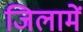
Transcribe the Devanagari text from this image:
जिलामें